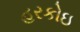
હરકોઇ